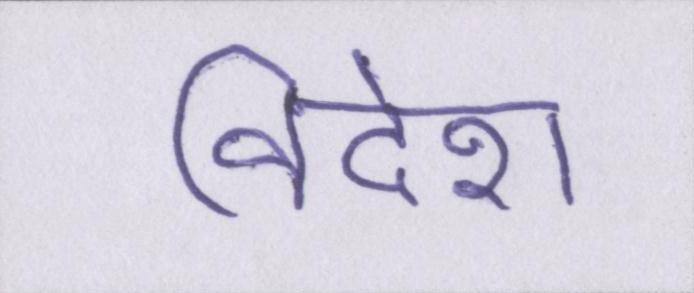
विदेश